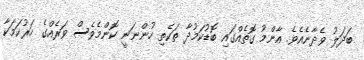
ބަދަލު ވެދާނެއެވެ. އާންމު ގޮތެއްގައި ބޮޑުކަމުދާ ތަކެތި ހުންނަނީ ކޮންމެވެސް ވަރެއްގެ ހަރުކަމަކާ